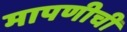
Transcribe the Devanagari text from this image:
मापणीची